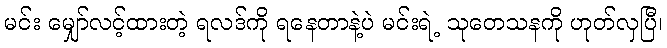
မင်း မျှော်လင့်ထားတဲ့ ရလဒ်ကို ရနေတာနဲ့ပဲ မင်းရဲ့ သုတေသနကို ဟုတ်လှပြီ၊